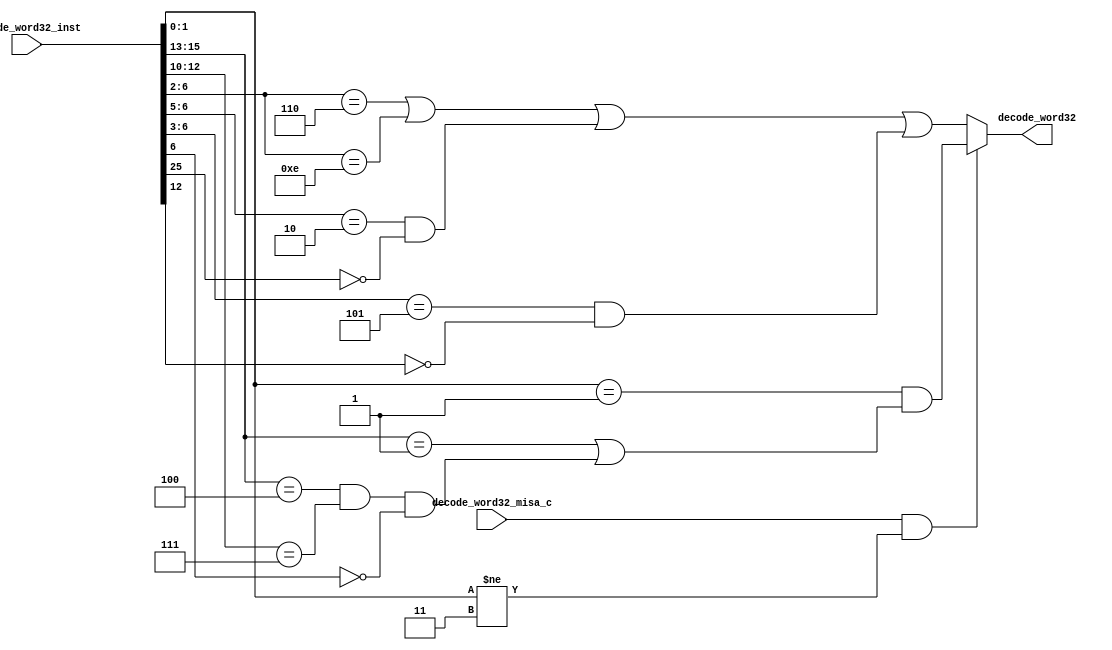
//
// Generated by Bluespec Compiler (build 8d454e4)
//
// On Fri Oct  9 13:12:35 IST 2020
//
//
// Ports:
// Name                         I/O  size props
// decode_word32                  O     1
// decode_word32_inst             I    32
// decode_word32_misa_c           I     1
//
// Combinational paths from inputs to outputs:
//   (decode_word32_inst, decode_word32_misa_c) -> decode_word32
//
//

`ifdef BSV_ASSIGNMENT_DELAY
`else
  `define BSV_ASSIGNMENT_DELAY
`endif

`ifdef BSV_POSITIVE_RESET
  `define BSV_RESET_VALUE 1'b1
  `define BSV_RESET_EDGE posedge
`else
  `define BSV_RESET_VALUE 1'b0
  `define BSV_RESET_EDGE negedge
`endif

module module_decode_word32(decode_word32_inst,
			    decode_word32_misa_c,
			    decode_word32);
  // value method decode_word32
  input  [31 : 0] decode_word32_inst;
  input  decode_word32_misa_c;
  output decode_word32;

  // signals for module outputs
  wire decode_word32;

  // value method decode_word32
  assign decode_word32 =
	     (decode_word32_misa_c && decode_word32_inst[1:0] != 2'b11) ?
	       decode_word32_inst[1:0] == 2'd1 &&
	       (decode_word32_inst[15:13] == 3'b001 ||
		decode_word32_inst[15:13] == 3'b100 &&
		decode_word32_inst[12:10] == 3'b111 &&
		!decode_word32_inst[6]) :
	       decode_word32_inst[6:2] == 5'b00110 ||
	       decode_word32_inst[6:2] == 5'b01110 ||
	       decode_word32_inst[6:5] == 2'b10 && !decode_word32_inst[25] ||
	       decode_word32_inst[6:3] == 4'b0101 && !decode_word32_inst[12] ;
endmodule  // module_decode_word32